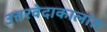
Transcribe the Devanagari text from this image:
उत्तरवेदाकालांत